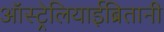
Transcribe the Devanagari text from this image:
ऑस्ट्रेलियाईब्रितानी